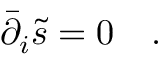
\bar { \partial } _ { i } \tilde { s } = 0 \quad .